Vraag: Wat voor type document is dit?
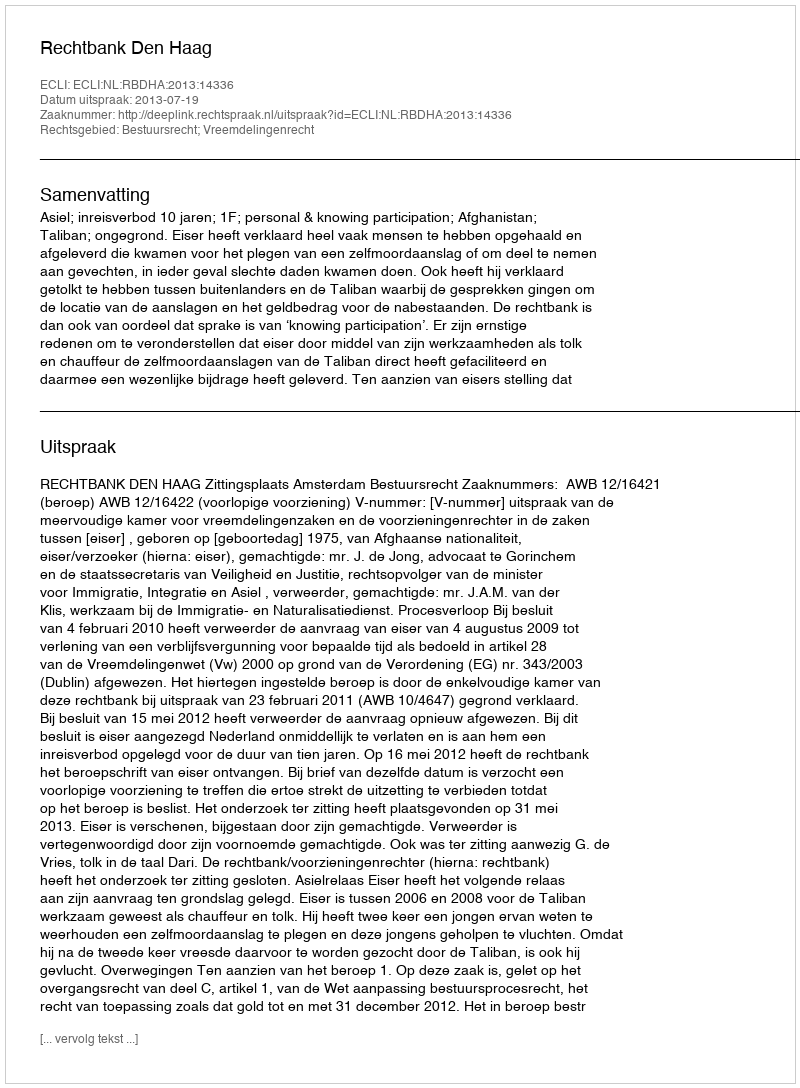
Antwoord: Uitspraak